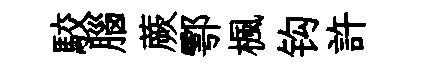
駮腦蕨鄠楓钩許